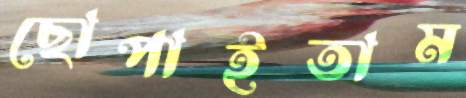
ছোপাইতাম